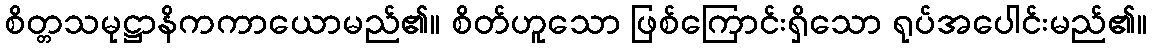
စိတ္တသမုဋ္ဌာနိကကာယောမည်၏။ စိတ်ဟူသော ဖြစ်ကြောင်းရှိသော ရုပ်အပေါင်းမည်၏။